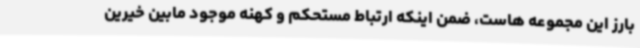
بارز این مجموعه هاست، ضمن اینکه ارتباط مستحکم و کهنه موجود مابین خیرین